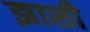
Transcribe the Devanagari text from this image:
झासी